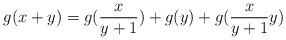
LaTeX: \begin{align*}g(x+y)=g(\frac{x}{y+1})+g(y)+g(\frac{x}{y+1}y)\end{align*}